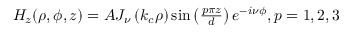
\begin{array} { r } { H _ { z } ( \rho , \phi , z ) = A J _ { \nu } \left( k _ { c } \rho \right) \sin \left( \frac { p \pi z } { d } \right) e ^ { - i \nu \phi } , \space p = 1 , 2 , 3 } \end{array}